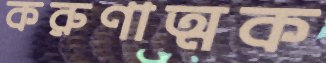
করুণাত্মক